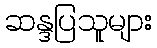
ဆန္ဒပြသူများ